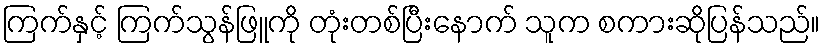
ကြက်နှင့် ကြက်သွန်ဖြူကို တုံးတစ်ပြီးနောက် သူက စကားဆိုပြန်သည်။